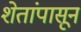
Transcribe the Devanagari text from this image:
शेतांपासून